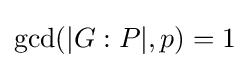
{\text{gcd}}(|G:P|,p)=1